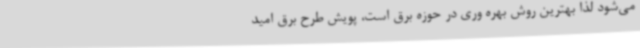
می‌شود لذا بهترین روش بهره وری در حوزه برق است، پویش طرح برق امید